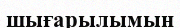
шығарылымын